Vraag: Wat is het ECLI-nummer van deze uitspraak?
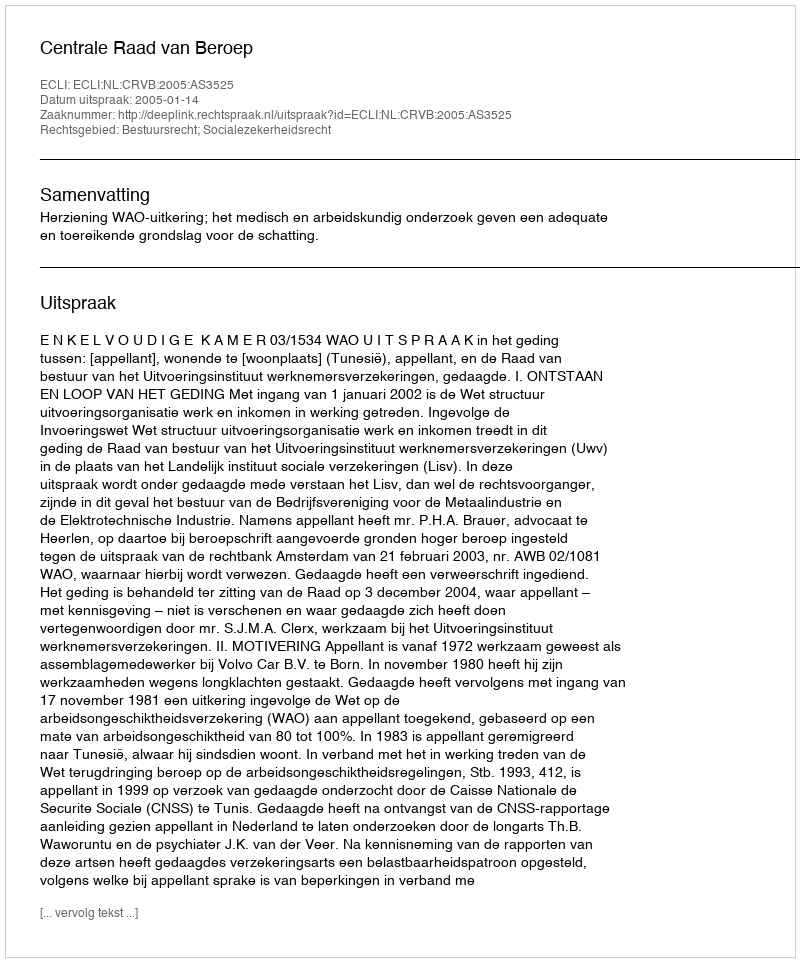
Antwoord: ECLI:NL:CRVB:2005:AS3525